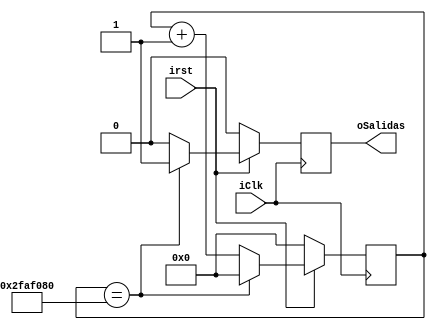
module DivF(
   input iClk,
	input irst,
   output oSalidas	  
	 );
	 
reg rSalidaQ_div;
reg rSalidaD_div;

//reg rSalida_div = 1'b0;
reg [25:0] rBitsQ;
reg [25:0] rBitsD;

assign oSalidas = rSalidaQ_div;


always @(posedge iClk)
begin
    if (!irst)
	 begin
	   rSalidaQ_div= 1'd0;//reset 
	   rBitsQ <= 1'd0;
	 end 
	 else
    begin
    rSalidaQ_div <= rSalidaD_div;
	 rBitsQ <= rBitsD;
	 end 
end 


always @ *
begin 
     if (rBitsQ==26'd50_000_000)
	  begin 
	    rSalidaD_div = 1'b1; // corra a uno  
	    rBitsD=26'd0; // reset 
	  end 
	  else 
	  begin 
	    rBitsD=rBitsQ + 1'b1; // sumando 
		 rSalidaD_div=  1'b0; //no hay seal 
	  end  
end 
	  
endmodule